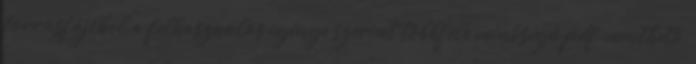
forrásfájlból a felhasználás igénye szerint többféle minőségű pdf menthető,